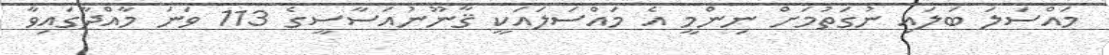
މައްސަލަ ބަލައި ނުގަތުމަށް ނިންމީ އެ މައްސަލައަކީ ޤާނޫނުއަސާސީގެ 113 ވަނަ މާއްދާގައިވާ